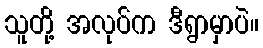
သူတို့ အလုပ်က ဒီရွာမှာပဲ။